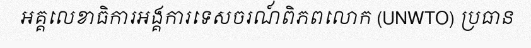
អគ្គលេខាធិការអង្គការទេសចរណ៍ពិភពលោក (UNWTO) ប្រធាន